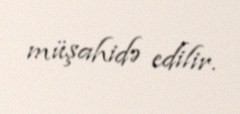
müşahidə edilir.